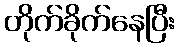
တိုက်ခိုက်နေပြီး